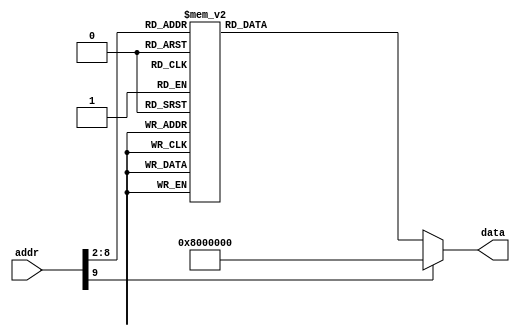
module ROM (addr,data);
input [31:0] addr;
output [31:0] data;
reg [31:0] data;
localparam ROM_SIZE = 256;
reg [31:0] ROM_DATA[ROM_SIZE-1:0];
always@(*)
	case(addr[9:2])	//Address Must Be Word Aligned.
0:data <= 32'b00001000000000000000000000000011;     //j Add;
1:data <= 32'b00001000000000000000000001010101;     //j Output;
2:data <= 32'b00000000000000000000000000000000;     //NOP
3:data <= 32'b00001100000000000000000001010001;     //jal PC;
4:data <= 32'b00100100000010000000000001000000;     //addiu $t0,$ze,64;
5:data <= 32'b10101100000010000000000000000000;     //sw $t0,0($ze);
6:data <= 32'b00100100000010000000000001111001;     //addiu $t0,$ze,121;
7:data <= 32'b10101100000010000000000000000100;     //sw $t0,4($ze);
8:data <= 32'b00100100000010000000000000100100;     //addiu $t0,$ze,36;
9:data <= 32'b10101100000010000000000000001000;     //sw $t0,8($ze);
10:data <= 32'b00100100000010000000000000110000;     //addiu $t0,$ze,48;
11:data <= 32'b10101100000010000000000000001100;     //sw $t0,12($ze);
12:data <= 32'b00100100000010000000000000011001;     //addiu $t0,$ze,25;
13:data <= 32'b10101100000010000000000000010000;     //sw $t0,16($ze);
14:data <= 32'b00100100000010000000000000010010;     //addiu $t0,$ze,18;
15:data <= 32'b10101100000010000000000000010100;     //sw $t0,20($ze);
16:data <= 32'b00100100000010000000000000000010;     //addiu $t0,$ze,2;
17:data <= 32'b10101100000010000000000000011000;     //sw $t0,24($ze);
18:data <= 32'b00100100000010000000000001111000;     //addiu $t0,$ze,120;
19:data <= 32'b10101100000010000000000000011100;     //sw $t0,28($ze);
20:data <= 32'b00100100000010000000000000000000;     //addiu $t0,$ze,0;
21:data <= 32'b10101100000010000000000000100000;     //sw $t0,32($ze);
22:data <= 32'b00100100000010000000000000010000;     //addiu $t0,$ze,16;
23:data <= 32'b10101100000010000000000000100100;     //sw $t0,36($ze);
24:data <= 32'b00100100000010000000000000001000;     //addiu $t0,$ze,8;
25:data <= 32'b10101100000010000000000000101000;     //sw $t0,40($ze);
26:data <= 32'b00100100000010000000000000000011;     //addiu $t0,$ze,3;
27:data <= 32'b10101100000010000000000000101100;     //sw $t0,44($ze);
28:data <= 32'b00100100000010000000000001000110;     //addiu $t0,$ze,70;
29:data <= 32'b10101100000010000000000000110000;     //sw $t0,48($ze);
30:data <= 32'b00100100000010000000000000100001;     //addiu $t0,$ze,33;
31:data <= 32'b10101100000010000000000000110100;     //sw $t0,52($ze);
32:data <= 32'b00100100000010000000000000000110;     //addiu $t0,$ze,6;
33:data <= 32'b10101100000010000000000000111000;     //sw $t0,56($ze);
34:data <= 32'b00100100000010000000000000001110;     //addiu $t0,$ze,14;
35:data <= 32'b10101100000010000000000000111100;     //sw $t0,60($ze);
36:data <= 32'b00100100000010000000000000000000;     //addiu $t0,$ze,0;
37:data <= 32'b00100100000011000000000100000000;     //addiu $t4,$ze,256;
38:data <= 32'b00100100000011010000001000000000;     //addiu $t5,$ze,512;
39:data <= 32'b00100100000011100000010000000000;     //addiu $t6,$ze,1024;
40:data <= 32'b00100100000011110000100000000000;     //addiu $t7,$ze,2048;
41:data <= 32'b00100100000101010000000100000000;     //addiu $s5,$ze,256;
42:data <= 32'b00111100000110010100000000000000;     //lui $t9,16384;
43:data <= 32'b10101111001000000000000000001000;     //sw $ze,8($t9);
44:data <= 32'b00100100000010001111111111110000;     //addiu $t0,$ze,-16;
45:data <= 32'b10101111001010000000000000000000;     //sw $t0,0($t9);
46:data <= 32'b00100100000010011111111111110000;     //addiu $t1,$ze,-16;
47:data <= 32'b10101111001010010000000000000100;     //sw $t1,4($t9);
48:data <= 32'b00100100000010100000000000000011;     //addiu $t2,$ze,3;
49:data <= 32'b10101111001010100000000000001000;     //sw $t2,8($t9);
50:data <= 32'b10001111001101000000000000100000;     //lw $s4,32($t9);
51:data <= 32'b00110010100101000000000000001000;     //andi $s4,$s4,8;
52:data <= 32'b00010010100000001111111111111101;     //beq $s4,$ze,Ask1;
53:data <= 32'b10101111001000000000000000100000;     //sw $ze,32($t9);
54:data <= 32'b00100100000001110000000000000011;     //addiu $a3,$ze,3;
55:data <= 32'b10101111001001110000000000100000;     //sw $a3,32($t9);
56:data <= 32'b10001111001101100000000000011100;     //lw $s6,28($t9);
57:data <= 32'b10001111001101000000000000100000;     //lw $s4,32($t9);
58:data <= 32'b00110010100101000000000000001000;     //andi $s4,$s4,8;
59:data <= 32'b00010010100000001111111111111101;     //beq $s4,$ze,Ask2;
60:data <= 32'b10101111001000000000000000100000;     //sw $ze,32($t9);
61:data <= 32'b00100100000001110000000000000011;     //addiu $a3,$ze,3;
62:data <= 32'b10101111001001110000000000100000;     //sw $a3,32($t9);
63:data <= 32'b10001111001101110000000000011100;     //lw $s7,28($t9);
64:data <= 32'b00000000000101101000000000100000;     //add $s0,$ze,$s6;
65:data <= 32'b00000000000101111000100000100000;     //add $s1,$ze,$s7;
66:data <= 32'b00000010000100011001000000100010;     //sub $s2,$s0,$s1;
67:data <= 32'b00010010000000000000000000001001;     //beq $s0,$ze,Show;
68:data <= 32'b00010010001000000000000000001000;     //beq $s1,$ze,Show;
69:data <= 32'b00010010010000000000000000000111;     //beq $s2,$ze,Show;
70:data <= 32'b00011110010000000000000000000011;     //bgtz $s2,Pos;
71:data <= 32'b00000010001100001000100000100010;     //sub $s1,$s1,$s0;
72:data <= 32'b00000010000100011001000000100010;     //sub $s2,$s0,$s1;
73:data <= 32'b00001000000000000000000001000011;     //j gcd;
74:data <= 32'b00000010000100011000000000100010;     //sub $s0,$s0,$s1;
75:data <= 32'b00000010000100011001000000100010;     //sub $s2,$s0,$s1;
76:data <= 32'b00001000000000000000000001000011;     //j gcd;
77:data <= 32'b00000010001100001000000000100100;     //and $s0,$s1,$s0;
78:data <= 32'b10101111001100000000000000001100;     //sw $s0,12($t9);
79:data <= 32'b10101111001100000000000000011000;     //sw $s0,24($t9);
80:data <= 32'b00001000000000000000000000110010;     //j Ask1;
81:data <= 32'b00000000000111111111100001000000;     //sll $ra,$ra,1;
82:data <= 32'b00000000000111111111100001000010;     //srl $ra,$ra,1;
83:data <= 32'b00000000000000000000000000000000;     //NOP
84:data <= 32'b00000011111000000000000000001000;     //jr $ra;
85:data <= 32'b10101111001000000000000000001000;     //sw $ze,8($t9);
86:data <= 32'b00010010101011000000000000000011;     //beq $s5,$t4,Display1;
87:data <= 32'b00010010101011010000000000001000;     //beq $s5,$t5,Display2;
88:data <= 32'b00010010101011100000000000001101;     //beq $s5,$t6,Display3;
89:data <= 32'b00010010101011110000000000010010;     //beq $s5,$t7,Display4;
90:data <= 32'b00110010110110000000000000001111;     //andi $t8,$s6,15;
91:data <= 32'b00000000000110001100000010000000;     //sll $t8,$t8,2;
92:data <= 32'b10001111000110000000000000000000;     //lw $t8,0($t8);
93:data <= 32'b00000011000101011100000000100000;     //add $t8,$t8,$s5;
94:data <= 32'b00100100000101010000001000000000;     //addiu $s5,$ze,512;
95:data <= 32'b00001000000000000000000001110010;     //j Display;
96:data <= 32'b00000000000101101100000100000010;     //srl $t8,$s6,4;
97:data <= 32'b00000000000110001100000010000000;     //sll $t8,$t8,2;
98:data <= 32'b10001111000110000000000000000000;     //lw $t8,0($t8);
99:data <= 32'b00000011000101011100000000100000;     //add $t8,$t8,$s5;
100:data <= 32'b00100100000101010000010000000000;     //addiu $s5,$ze,1024;
101:data <= 32'b00001000000000000000000001110010;     //j Display;
102:data <= 32'b00110010111110000000000000001111;     //andi $t8,$s7,15;
103:data <= 32'b00000000000110001100000010000000;     //sll $t8,$t8,2;
104:data <= 32'b10001111000110000000000000000000;     //lw $t8,0($t8);
105:data <= 32'b00000011000101011100000000100000;     //add $t8,$t8,$s5;
106:data <= 32'b00100100000101010000100000000000;     //addiu $s5,$ze,2048;
107:data <= 32'b00001000000000000000000001110010;     //j Display;
108:data <= 32'b00000000000101111100000100000010;     //srl $t8,$s7,4;
109:data <= 32'b00000000000110001100000010000000;     //sll $t8,$t8,2;
110:data <= 32'b10001111000110000000000000000000;     //lw $t8,0($t8);
111:data <= 32'b00000011000101011100000000100000;     //add $t8,$t8,$s5;
112:data <= 32'b00100100000101010000000100000000;     //addiu $s5,$ze,256;
113:data <= 32'b00001000000000000000000001110010;     //j Display;
114:data <= 32'b10101111001110000000000000010100;     //sw $t8,20($t9);
115:data <= 32'b00100111010110101111111111111100;     //addiu $k0,$k0,-4;
116:data <= 32'b00100100000110110000000000000011;     //addiu $k1,$ze,3;
117:data <= 32'b10101111001110110000000000001000;     //sw $k1,8($t9);
118:data <= 32'b00000000000000000000000000000000;     //NOP
119:data <= 32'b00000000000000000000000000000000;     //NOP
120:data <= 32'b00000000000000000000000000000000;     //NOP
121:data <= 32'b00000000000000000000000000000000;     //NOP
122:data <= 32'b00000011010000000000000000001000;     //jr $k0;
	   default:	data <= 32'h0800_0000;
	endcase
endmodule